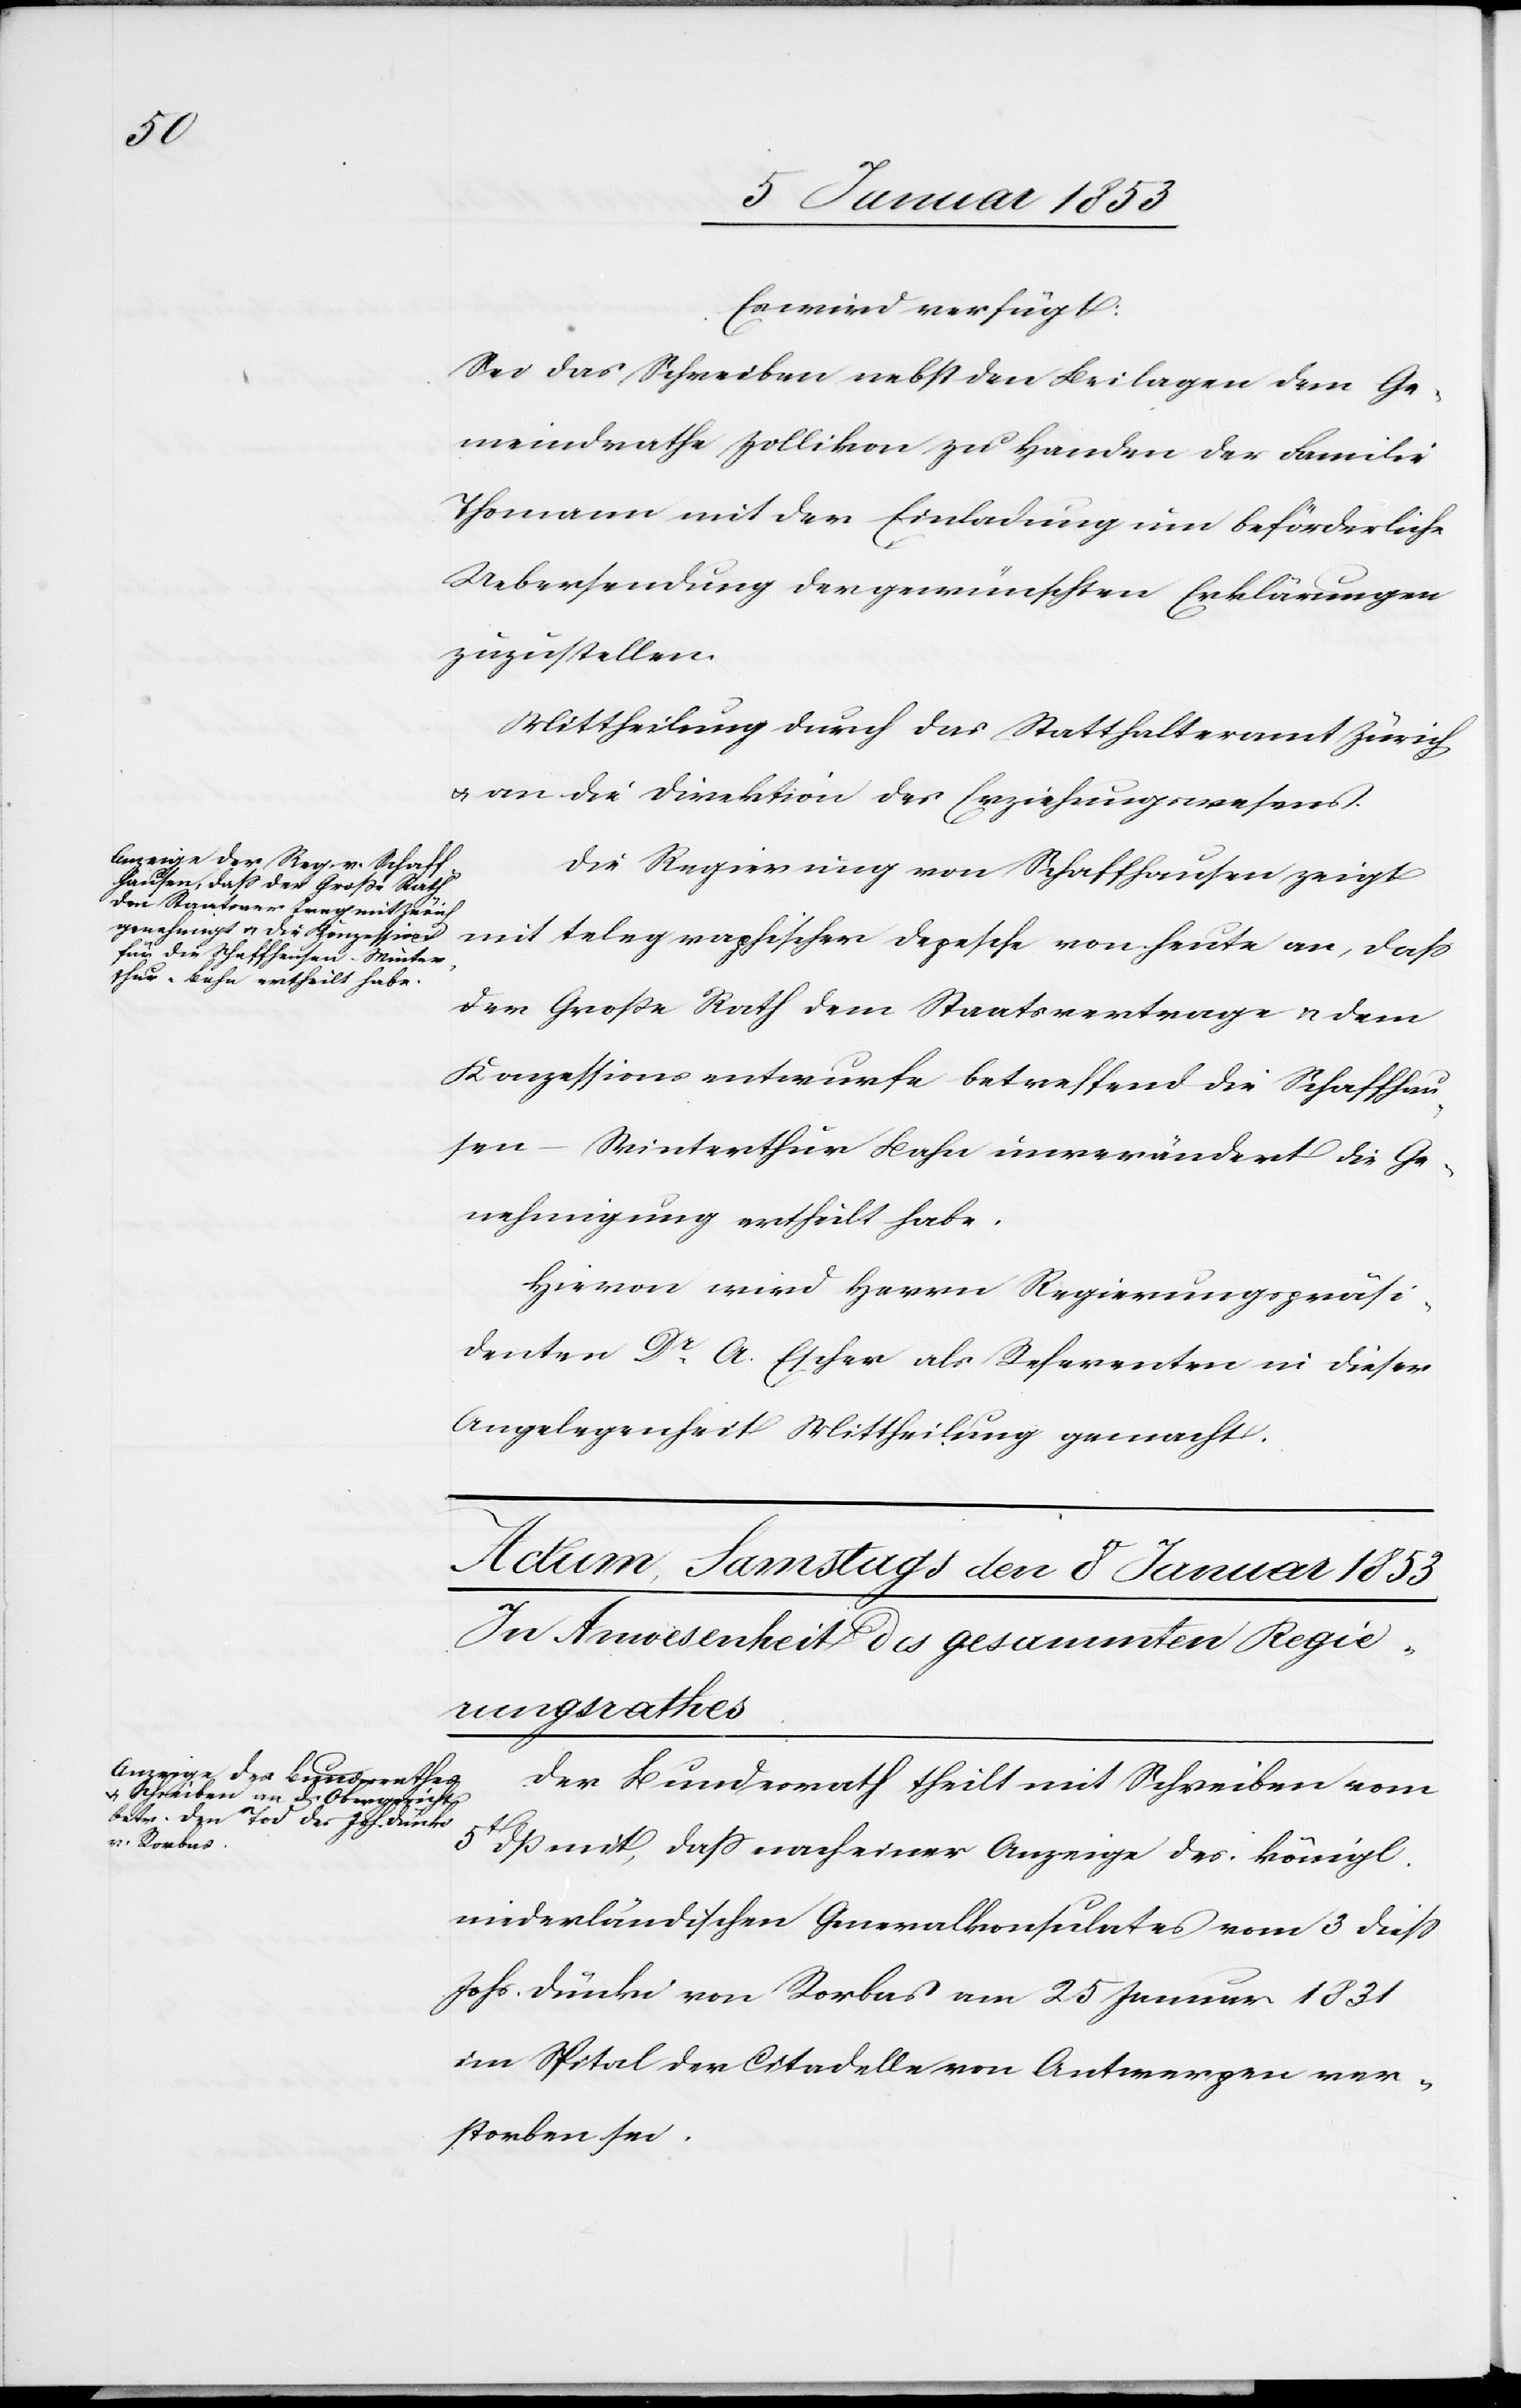
6t. Januar 1853]
Es wird verfügt.
Sei das Schreiben nebst den Beilagen dem Ge¬
meindrathe Zollikon zu Handen der Familie
Thomann mit der Einladung um beförderliche
Uebersendung der gewünschten Erklärungen
zuzustellen.
Mittheilung durch das Statthalteramt Zürich
u. an die Direktion der Erziehungswesens.
Die Regierung von Schaffhausen zeigt
der Große Rath dem Staatsvertrage u. dem
Konzessionsentwurfe betreffend die Schaffhau¬
sen-Winterthur Bahn unverändert die Ge¬
nehmigung ertheilt habe.
Hievon wird Herrn Regierungspräsi¬
denten Dr. A. Escher als Referenten in dieser
Angelegenheit Mittheilung gemacht.
Der Bundesrath theilt mit Schreiben vom
5t. Mts. mit, daß nach einer Anzeige des königl.
niederländischen Generalkonsulates vom 3 diess
Johs. Dünke von Rorbas am 25 Januar 1831
im Spital der Citadelle von Antwerpen ver¬
storben sei.